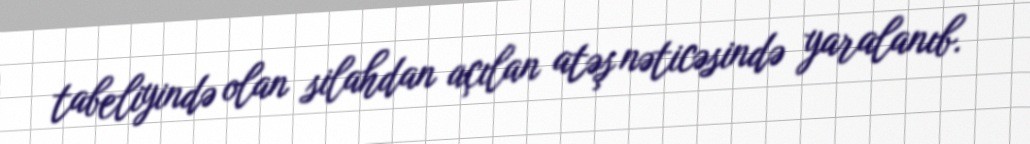
tabeliyində olan silahdan açılan atəş nəticəsində yaralanıb.